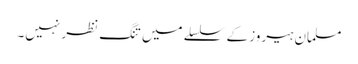
مسلمان ہیروز کے سلسلے میں تنگ نظر نہیں۔